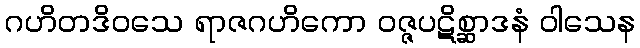
ဂဟိတဒိဝသေ ရာဇဂဟိကော ဝဇ္ဇပဋိစ္ဆာဒနံ ဝါသေန